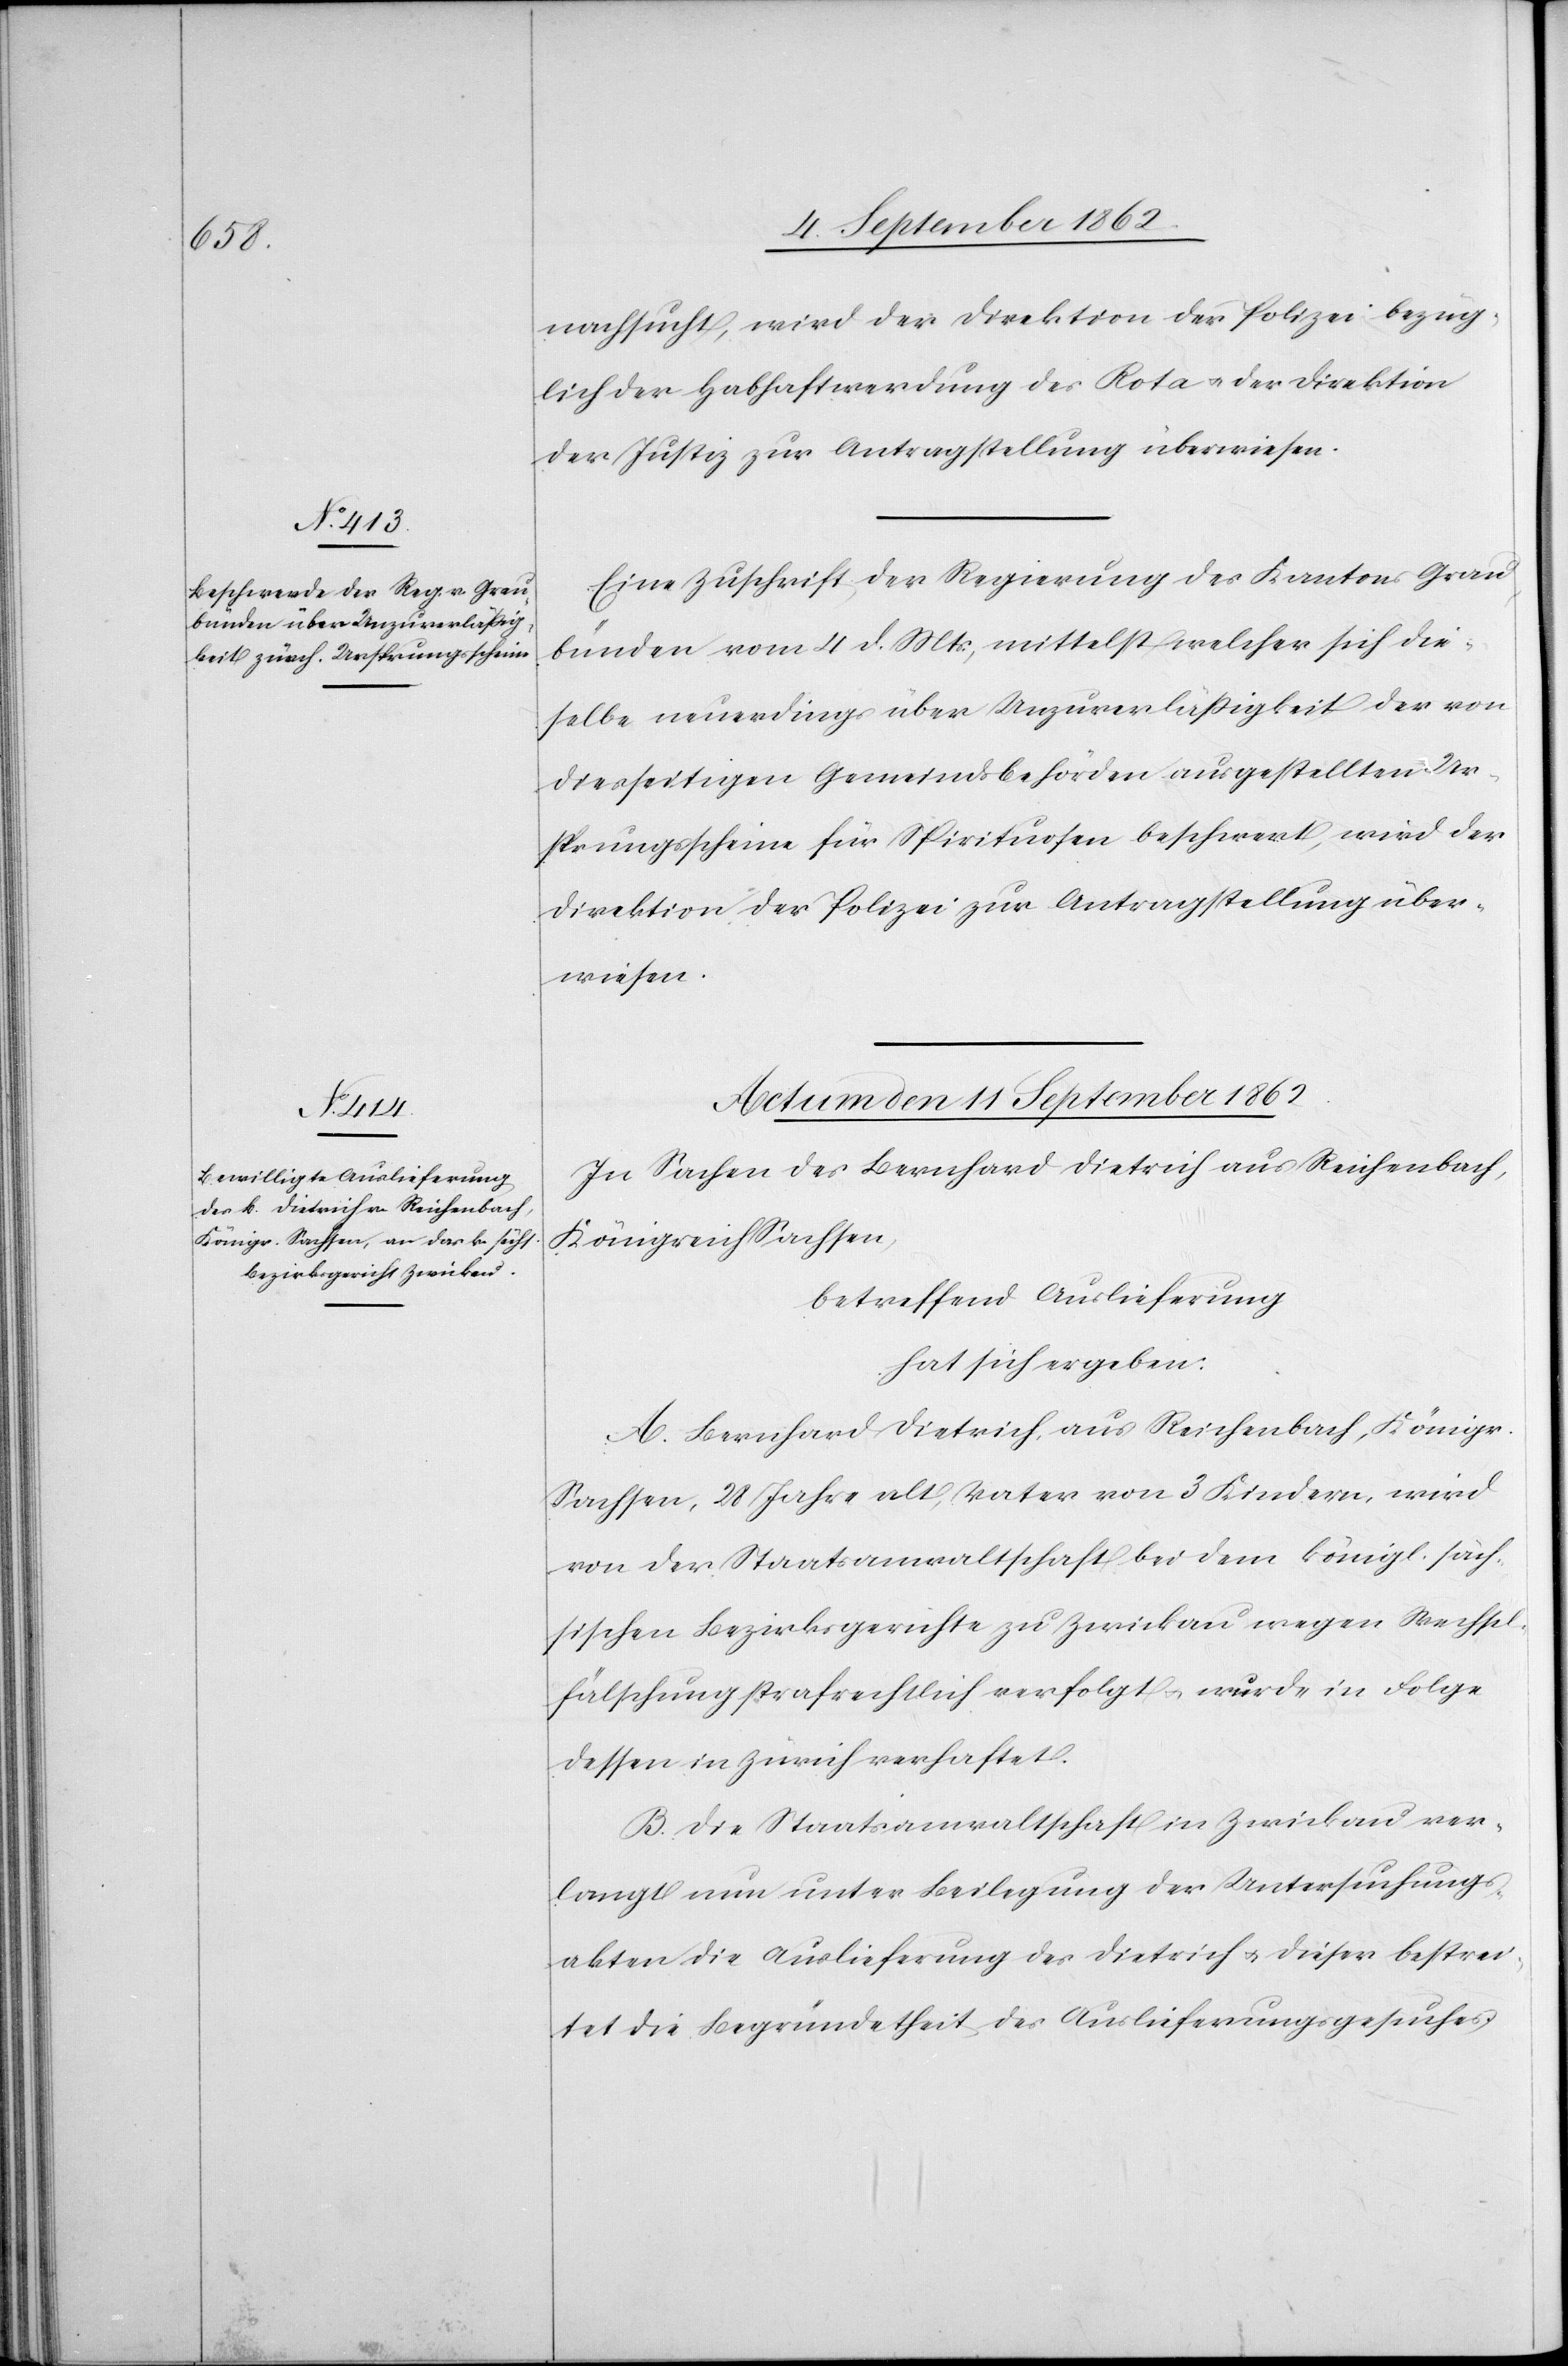
nachsucht, wird der Direktion der Polizei bezüg¬
lich der Habhaftwerdung des Rota u. der Direktion
der Justiz zur Antragstellung überwiesen.
Eine Zuschrift der Regierung des Kantons Grau¬
bünden vom 4. d. Mts., mittelst welcher sich die¬
selbe neuerdings über Unzuverläßigkeit der von
diesseitigen Gemeindsbehörden ausgestellten Ur¬
sprungsscheine für Spirituosen beschwert, wird der
Direktion der Polizei zur Antragstellung über¬
wiesen.
Actum den 11. September 1862.
In Sachen des Bernhard Dietrich aus Reichenbach,
Königreich Sachsen,
betreffend Auslieferung
hat sich ergeben:
A. Bernhard Dietrich, aus Reichenbach, Königr.
Sachsen, 28 Jahre alt, Vater von 3 Kindern, wird
von der Staatsanwaltschaft bei dem königl. säch¬
sischen Bezirksgerichte zu Zwickau wegen Wechsel¬
fälschung strafrechtlich verfolgt u. wurde in Folge
dessen in Zürich verhaftet.
B. Die Staatsanwaltschaft in Zwickau ver¬
langt nun unter Beilegung der Untersuchungs¬
akten die Auslieferung des Dietrich u. dieser bestrei¬
tet die Begründetheit des Auslieferungsgesuches.